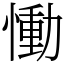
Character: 慟